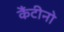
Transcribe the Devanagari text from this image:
कैंटीनो